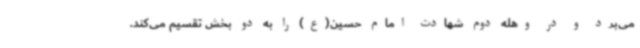
می‌برد و در وهله دوم شهادت امام حسین(ع) را به دو بخش تقسیم می‌کند.